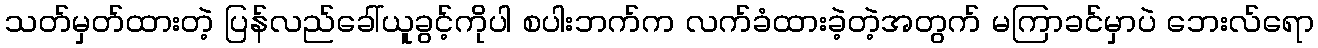
သတ်မှတ်ထားတဲ့ ပြန်လည်ခေါ်ယူခွင့်ကိုပါ စပါးဘက်က လက်ခံထားခဲ့တဲ့အတွက် မကြာခင်မှာပဲ ဘေးလ်ရော